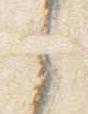
之